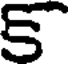
క